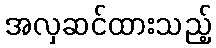
အလှဆင်ထားသည့်